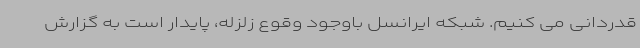
قدردانی می کنیم. شبکه ایرانسل باوجود وقوع زلزله، پایدار است به گزارش